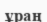
ұраң